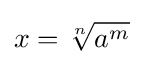
x={\sqrt[{n}]{a^{m}}}